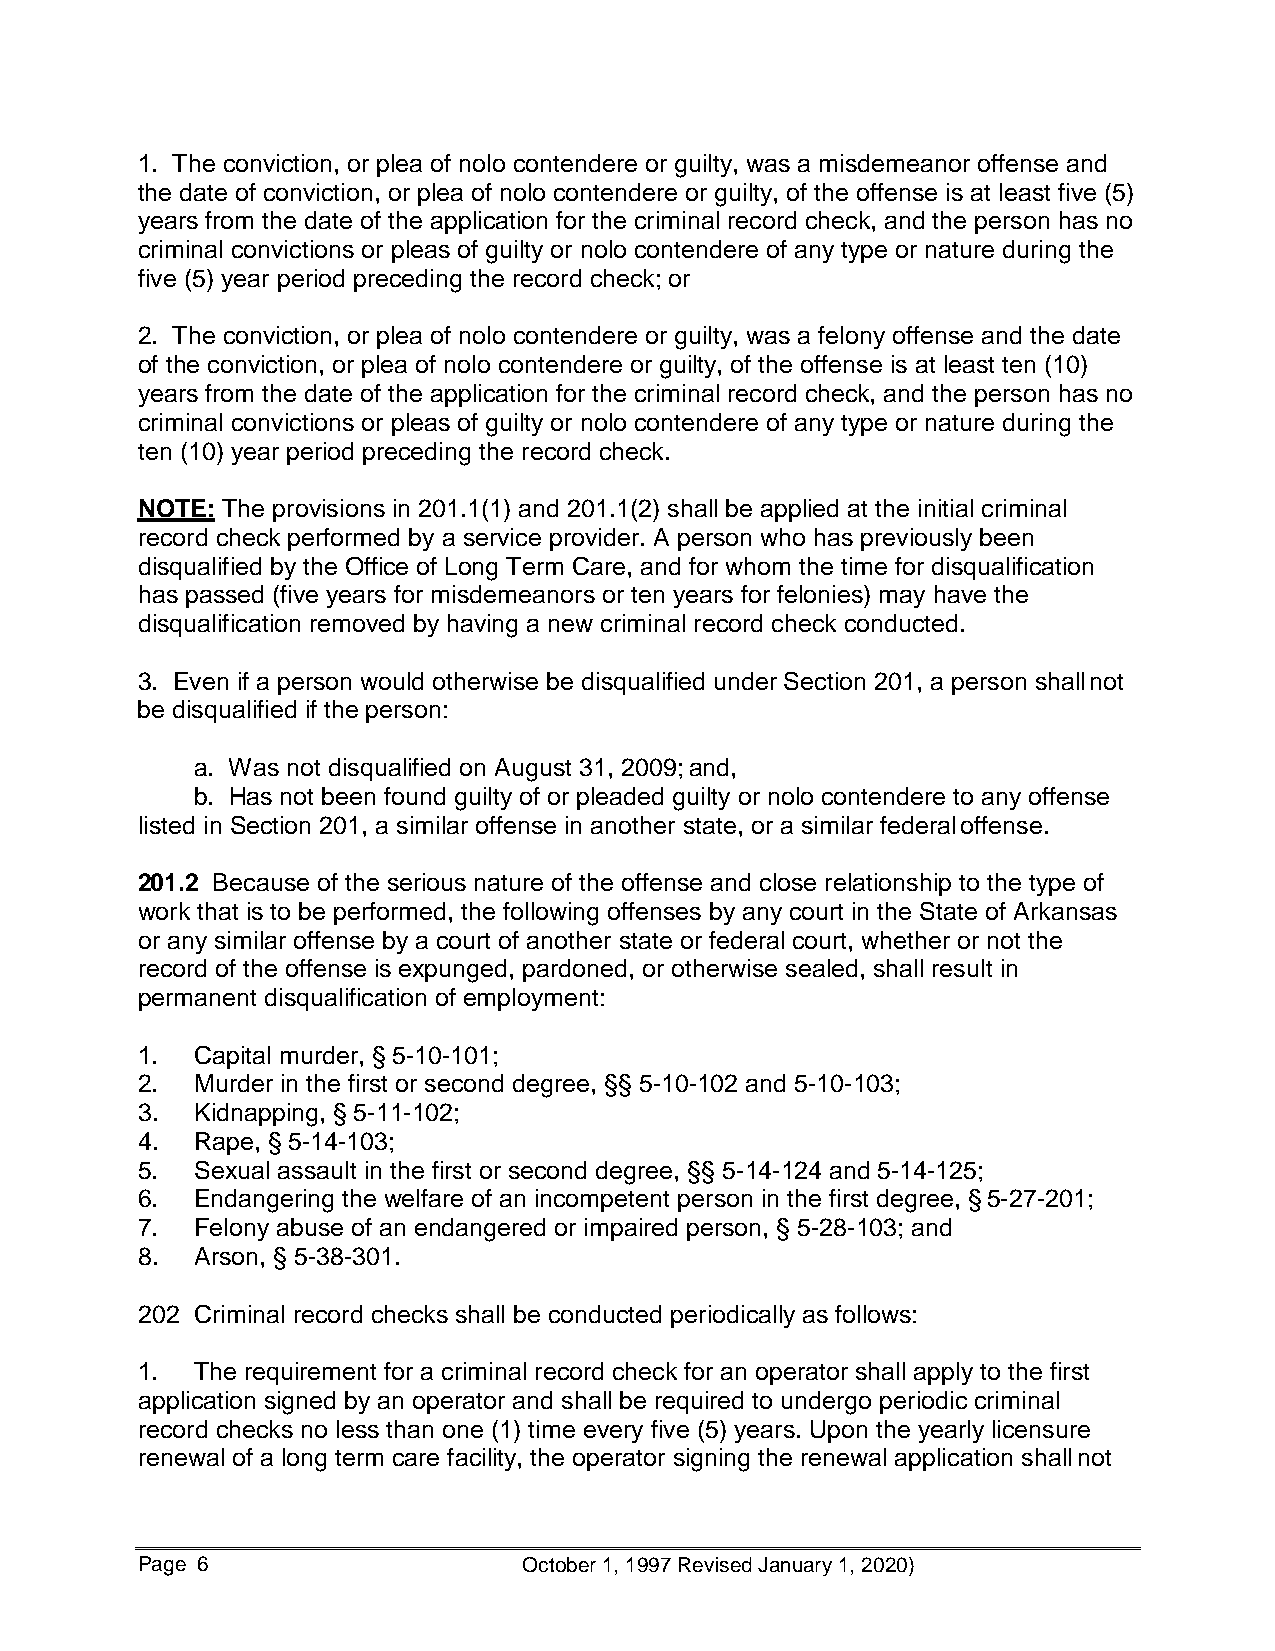
1. The conviction, or plea of nolo contendere or guilty, was a misdemeanor offense and
 the date of conviction, or plea of nolo contendere or guilty, of the offense is at least five (5)
 years from the date of the application for the criminal record check, and the person has no
 criminal convictions or pleas of guilty or nolo contendere of any type or nature during the
 five (5) year period preceding the record check; or
 2. The conviction, or plea of nolo contendere or guilty, was a felony offense and the date
 of the conviction, or plea of nolo contendere or guilty, of the offense is at least ten (10)
 years from the date of the application for the criminal record check, and the person has no
 criminal convictions or pleas of guilty or nolo contendere of any type or nature during the
 ten (10) year period preceding the record check.
 NOTE: The provisions in 201.1(1) and 201.1(2) shall be applied at the initial criminal
 record check performed by a service provider. A person who has previously been
 disqualified by the Office of Long Term Care, and for whom the time for disqualification
 has passed (five years for misdemeanors or ten years for felonies) may have the
 disqualification removed by having a new criminal record check conducted.
 3. Even if a person would otherwise be disqualified under Section 201, a person shall not
 be disqualified if the person:
 a. Was not disqualified on August 31, 2009; and,
 b. Has not been found guilty of or pleaded guilty or nolo contendere to any offense
 listed in Section 201, a similar offense in another state, or a similar federal offense.
 201.2 Because of the serious nature of the offense and close relationship to the type of
 work that is to be performed, the following offenses by any court in the State of Arkansas
 or any similar offense by a court of another state or federal court, whether or not the
 record of the offense is expunged, pardoned, or otherwise sealed, shall result in
 permanent disqualification of employment:
 1.  Capital murder, § 5-10-101;
 2.  Murder in the first or second degree, §§ 5-10-102 and 5-10-103;
 3.  Kidnapping, § 5-11-102;
 4.  Rape, § 5-14-103;
 5.  Sexual assault in the first or second degree, §§ 5-14-124 and 5-14-125;
 6.  Endangering the welfare of an incompetent person in the first degree, § 5-27-201;
 7.  Felony abuse of an endangered or impaired person, § 5-28-103; and
 8.  Arson, § 5-38-301.
 202 Criminal record checks shall be conducted periodically as follows:
 1.  The requirement for a criminal record check for an operator shall apply to the first
 application signed by an operator and shall be required to undergo periodic criminal
 record checks no less than one (1) time every five (5) years. Upon the yearly licensure
 renewal of a long term care facility, the operator signing the renewal application shall not
 Page 6                    October 1, 1997 Revised January 1, 2020)